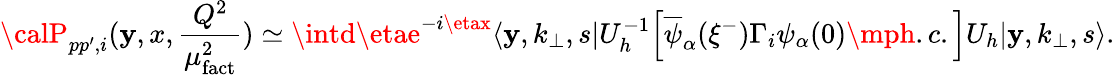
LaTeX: {\calP}_{pp^{\prime},i}(\mathbf{y},x,{\frac{{Q^{2}}}{{\mu_{\mathrm{{fact}}}^{2}}}})\simeq\intd\etae^{-i\etax}\langle\mathbf{y},k_{\bot},s|U_{h}^{-1}\Big[\overline{{{{\psi}}}}_{\alpha}(\xi^{-})\Gamma_{i}\psi_{\alpha}(0)\mph.c.\Big]U_{h}|\mathbf{y},k_{\bot},s\rangle.